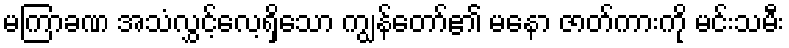
မကြာခဏ အသံလွှင့်လေ့ရှိသော ကျွန်တော်၏ မနော ဇာတ်ကားကို မင်းသမီး